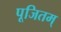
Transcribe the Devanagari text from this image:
पूजितम्